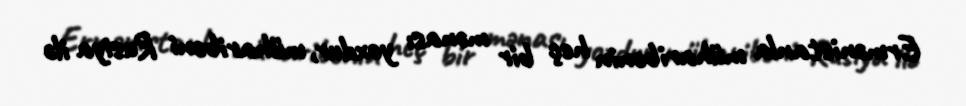
Ermənistanla müharibənin heç bir mənası yoxdur, müharibəni Rusiya ilə